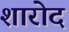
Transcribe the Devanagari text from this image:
शारोद